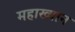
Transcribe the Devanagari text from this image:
महाख्यान